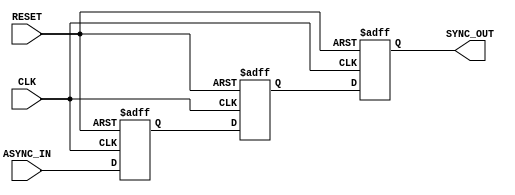
module async_to_sync_converter (
    input wire ASYNC_IN,      // Asynchronous input signal
    input wire CLK,           // Clock signal for synchronization
    input wire RESET,         // Asynchronous reset signal
    output reg SYNC_OUT       // Synchronized output signal
);

    // Internal signals for the two-stage synchronization
    reg sync_stage1;
    reg sync_stage2;

    // Asynchronous reset and synchronization logic
    always @(posedge CLK or posedge RESET) begin
        if (RESET) begin
            sync_stage1 <= 1'b0; // Reset stage 1
            sync_stage2 <= 1'b0; // Reset stage 2
            SYNC_OUT <= 1'b0;     // Reset output
        end else begin
            sync_stage1 <= ASYNC_IN; // Sample ASYNC_IN at CLK edge
            sync_stage2 <= sync_stage1; // Pass through first stage
            SYNC_OUT <= sync_stage2; // Final synchronized output
        end
    end

endmodule